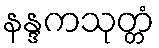
နန္ဒကသုတ္တံ